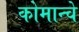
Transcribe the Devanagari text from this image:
कोमान्चे